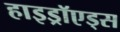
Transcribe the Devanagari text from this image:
हाइड्रॉएड्स